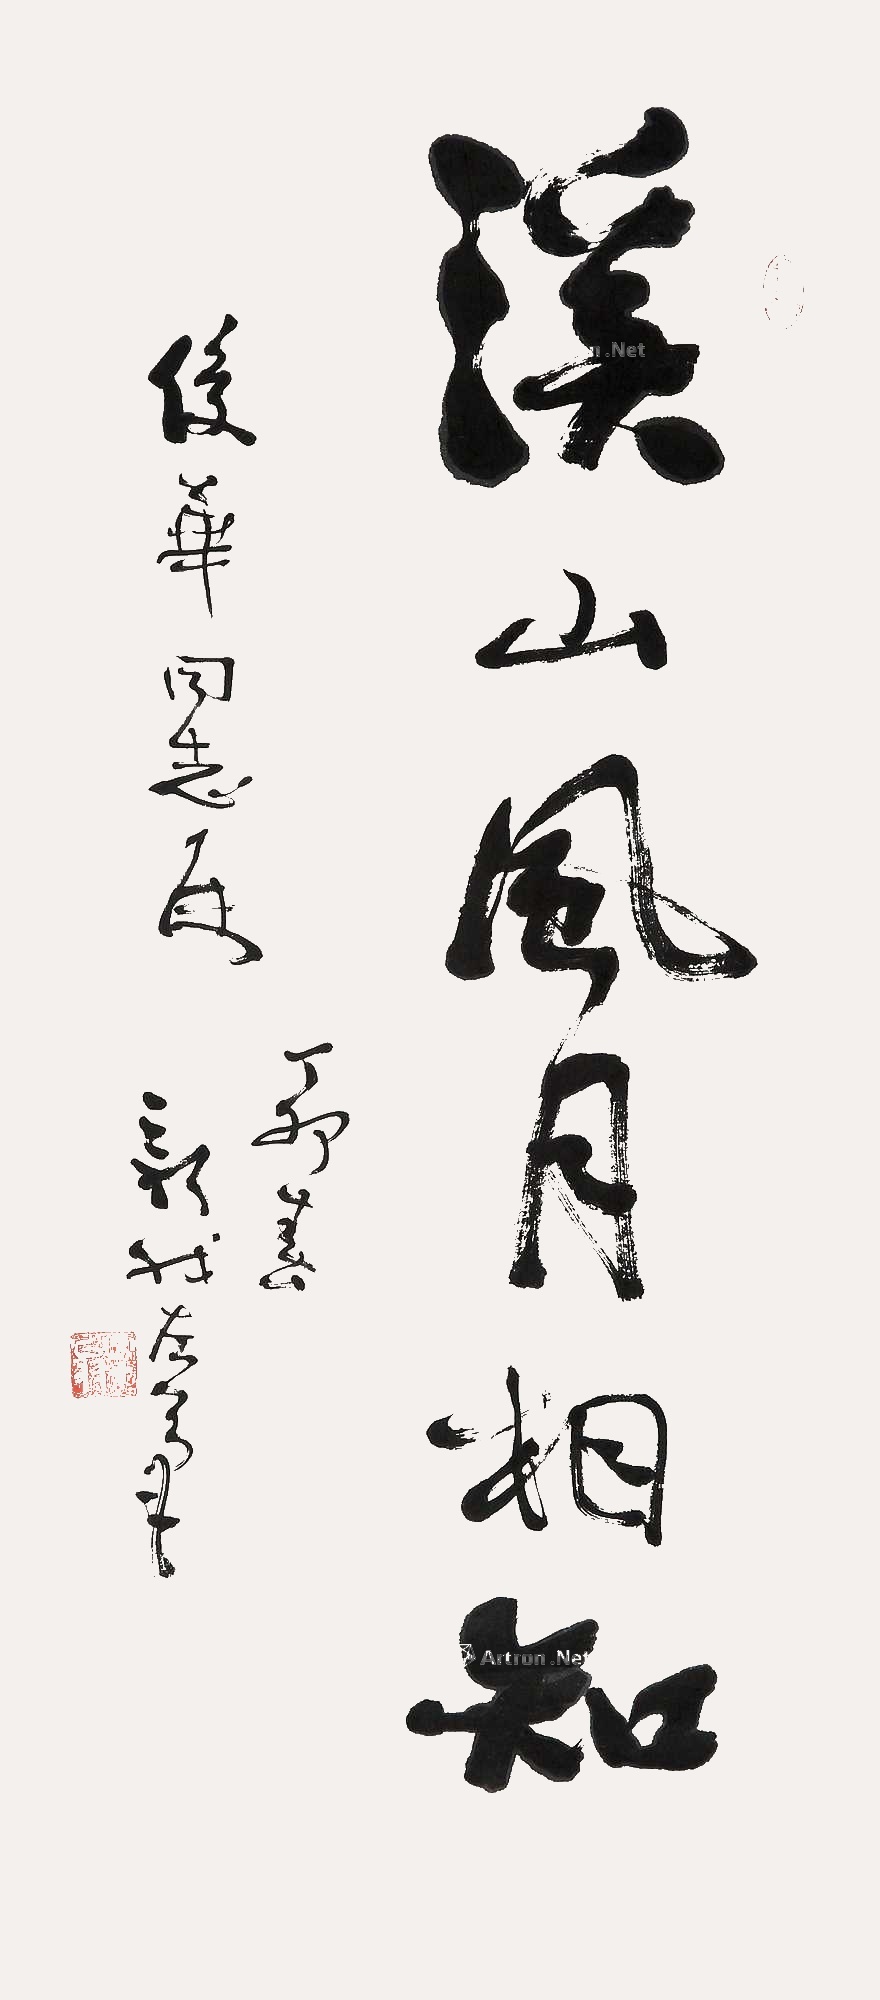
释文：溪山风月相知。后华同志属，丁卯春，新我左笔。